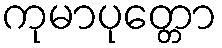
ကုမာပုတ္တော